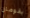
يقومان